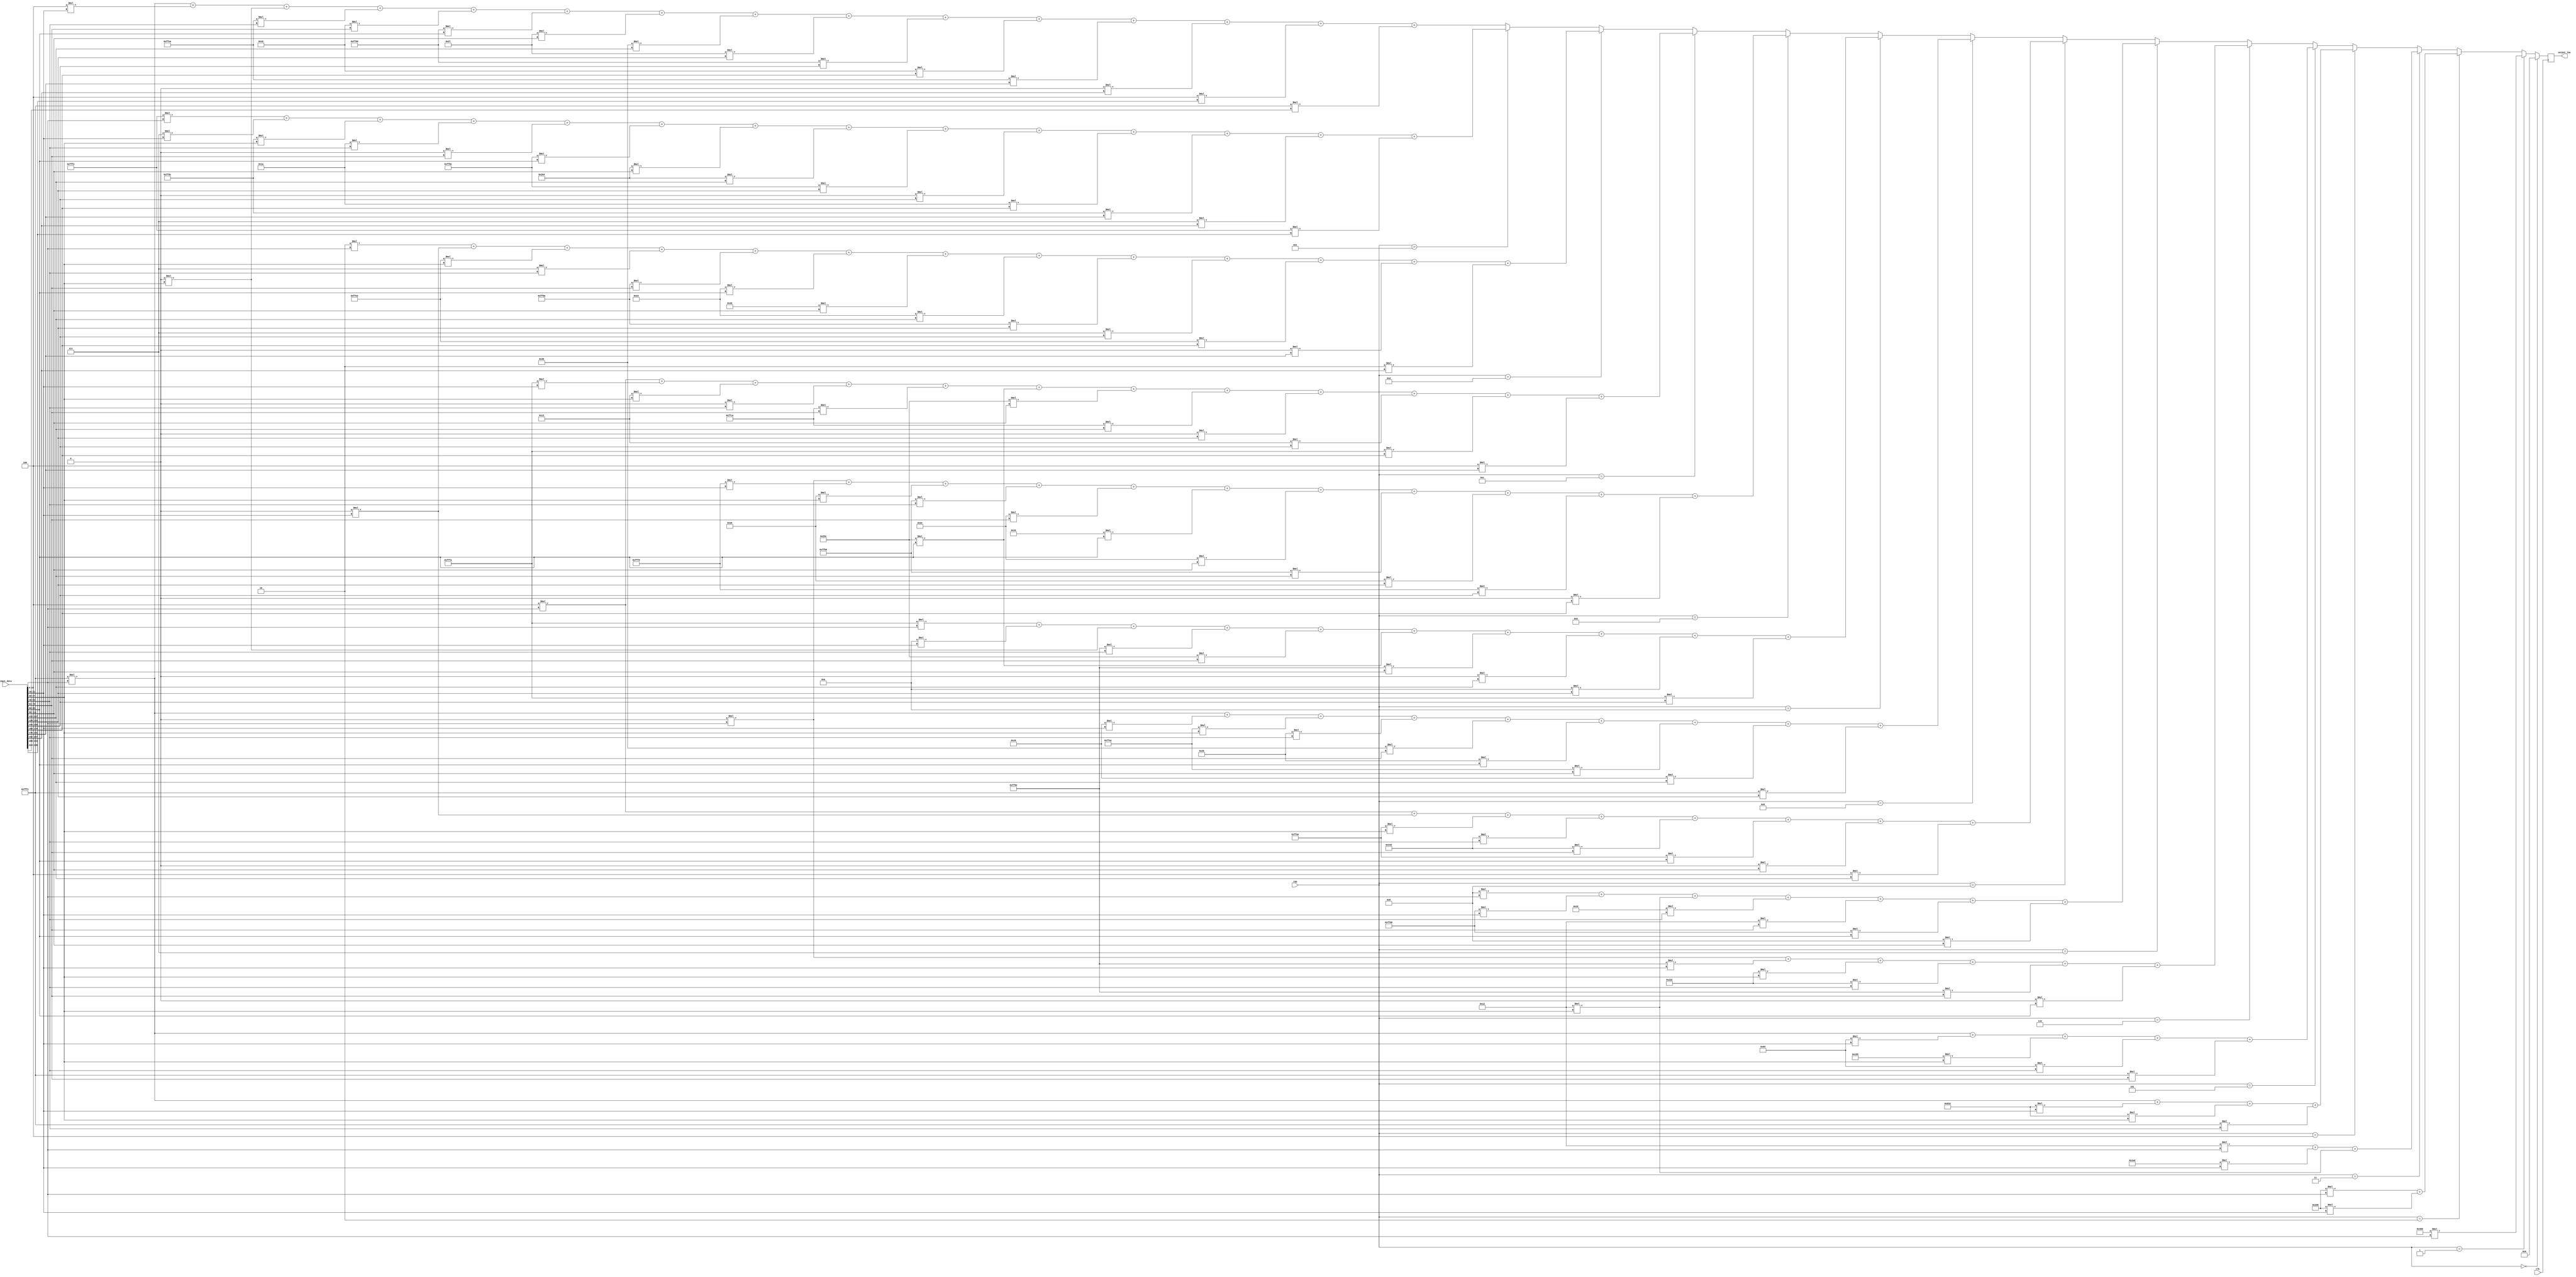
module lowpass(
	input wire clk,
	input wire [3:0] tap,
	input wire [239:0] input_data,
	output wire [15:0] output_low
);

	// input - koefisien 16 bit 6 bit MSB decimal, 10 bit LSB fraction
	// input - koefisien dalam two's complement

	reg [15:0] output_register;	
	
	// 1 tap
	parameter [15:0] tap1buff1 = 16'h0400;
	
	// 2 tap
	parameter [15:0] tap2buff1 = 16'h0200;
	parameter [15:0] tap2buff2 = 16'h0200;
	
	// 3 tap
	parameter [15:0] tap3buff1 = 16'h0012;
	parameter [15:0] tap3buff2 = 16'h01ed;
	parameter [15:0] tap3buff3 = 16'h0012;
	
	// 4 tap
	parameter [15:0] tap4buff1 = 16'hfffc;
	parameter [15:0] tap4buff2 = 16'h081b;
	parameter [15:0] tap4buff3 = 16'h081b;
	parameter [15:0] tap4buff4 = 16'hfffc;
	
	// 5 tap
	parameter [15:0] tap5buff1 = 16'hfffc;
	parameter [15:0] tap5buff2 = 16'h0069;
	parameter [15:0] tap5buff3 = 16'h0155;
	parameter [15:0] tap5buff4 = 16'h0069;
	parameter [15:0] tap5buff5 = 16'hfffc;
	
	// 6 tap
	parameter [15:0] tap6buff1 = 16'h0000;
	parameter [15:0] tap6buff2 = 16'hff9e;
	parameter [15:0] tap6buff3 = 16'h0232;
	parameter [15:0] tap6buff4 = 16'h0232;
	parameter [15:0] tap6buff5 = 16'hff9e;
	parameter [15:0] tap6buff6 = 16'h0000;
	
	// 7 tap
	parameter [15:0] tap7buff1 = 16'h0008;
	parameter [15:0] tap7buff2 = 16'hffd0;
	parameter [15:0] tap7buff3 = 16'h0012;
	parameter [15:0] tap7buff4 = 16'h0032;
	parameter [15:0] tap7buff5 = 16'h0012;
	parameter [15:0] tap7buff6 = 16'hffd0;
	parameter [15:0] tap7buff7 = 16'h0008;
	
	// 8 tap
	parameter [15:0] tap8buff1 = 16'h0004;
	parameter [15:0] tap8buff2 = 16'h0000;
	parameter [15:0] tap8buff3 = 16'hffae;
	parameter [15:0] tap8buff4 = 16'h024d;
	parameter [15:0] tap8buff5 = 16'h024d;
	parameter [15:0] tap8buff6 = 16'hffae;
	parameter [15:0] tap8buff7 = 16'h0000;
	parameter [15:0] tap8buff8 = 16'h0004;
	
	// 9 tap
	parameter [15:0] tap9buff1 = 16'hfffc;
	parameter [15:0] tap9buff2 = 16'h0016;
	parameter [15:0] tap9buff3 = 16'hffac;
	parameter [15:0] tap9buff4 = 16'h0026;
	parameter [15:0] tap9buff5 = 16'h0036;
	parameter [15:0] tap9buff6 = 16'h0026;
	parameter [15:0] tap9buff7 = 16'hffac;
	parameter [15:0] tap9buff8 = 16'h0016;
	parameter [15:0] tap9buff9 = 16'hfffc;
	
	// 10 tap
	parameter [15:0] tap10buff1 = 16'hfffa;
	parameter [15:0] tap10buff2 = 16'h000a;
	parameter [15:0] tap10buff3 = 16'h0000;
	parameter [15:0] tap10buff4 = 16'hff9e;
	parameter [15:0] tap10buff5 = 16'h025e;
	parameter [15:0] tap10buff6 = 16'h025e;
	parameter [15:0] tap10buff7 = 16'hff9e;
	parameter [15:0] tap10buff8 = 16'h0000;
	parameter [15:0] tap10buff9 = 16'h000a;
	parameter [15:0] tap10buff10 = 16'hfffa;
	
	// 11 tap
	parameter [15:0] tap11buff1 = 16'h0000;
	parameter [15:0] tap11buff2 = 16'hfff8;
	parameter [15:0] tap11buff3 = 16'h0029;
	parameter [15:0] tap11buff4 = 16'hffb6;
	parameter [15:0] tap11buff5 = 16'h002e;
	parameter [15:0] tap11buff6 = 16'h0033;
	parameter [15:0] tap11buff7 = 16'h002e;
	parameter [15:0] tap11buff8 = 16'hffb6;
	parameter [15:0] tap11buff9 = 16'h0029;
	parameter [15:0] tap11buff10 = 16'hfff8;
	parameter [15:0] tap11buff11 = 16'h0000;
	
	// 12 tap
	parameter [15:0] tap12buff1 = 16'h0004;
	parameter [15:0] tap12buff2 = 16'hfffa;
	parameter [15:0] tap12buff3 = 16'h0013;
	parameter [15:0] tap12buff4 = 16'h0000;
	parameter [15:0] tap12buff5 = 16'hffca;
	parameter [15:0] tap12buff6 = 16'h025e;
	parameter [15:0] tap12buff7 = 16'h025e;
	parameter [15:0] tap12buff8 = 16'hffca;
	parameter [15:0] tap12buff9 = 16'h0000;
	parameter [15:0] tap12buff10 = 16'h0013;
	parameter [15:0] tap12buff11 = 16'hfffa;
	parameter [15:0] tap12buff12 = 16'h0004;

	// 13 tap
	parameter [15:0] tap13buff1 = 16'h0002;
	parameter [15:0] tap13buff2 = 16'h0000;
	parameter [15:0] tap13buff3 = 16'hffe2;
	parameter [15:0] tap13buff4 = 16'h0007;
	parameter [15:0] tap13buff5 = 16'hff8a;
	parameter [15:0] tap13buff6 = 16'h0023;
	parameter [15:0] tap13buff7 = 16'h0030;
	parameter [15:0] tap13buff8 = 16'h0023;
	parameter [15:0] tap13buff9 = 16'hff8a;
	parameter [15:0] tap13buff10 = 16'h0007;
	parameter [15:0] tap13buff11 = 16'hffe2;
	parameter [15:0] tap13buff12 = 16'h0000;
	parameter [15:0] tap13buff13 = 16'h0002;
	
	// 14 tap
	parameter [15:0] tap14buff1 = 16'hfffe;
	parameter [15:0] tap14buff2 = 16'h0007;
	parameter [15:0] tap14buff3 = 16'hffdc;
	parameter [15:0] tap14buff4 = 16'h001a;
	parameter [15:0] tap14buff5 = 16'h0000;
	parameter [15:0] tap14buff6 = 16'hff8e;
	parameter [15:0] tap14buff7 = 16'h0264;
	parameter [15:0] tap14buff8 = 16'h0264;
	parameter [15:0] tap14buff9 = 16'hff8e;
	parameter [15:0] tap14buff10 = 16'h0000;
	parameter [15:0] tap14buff11 = 16'h001a;
	parameter [15:0] tap14buff12 = 16'hffdc;
	parameter [15:0] tap14buff13 = 16'h0007;
	parameter [15:0] tap14buff14 = 16'hfffe;
	
	// 15 tap
	parameter [15:0] tap15buff1 = 16'hfffc;
	parameter [15:0] tap15buff2 = 16'h0004;
	parameter [15:0] tap15buff3 = 16'h0000;
	parameter [15:0] tap15buff4 = 16'hffea;
	parameter [15:0] tap15buff5 = 16'h0042;
	parameter [15:0] tap15buff6 = 16'hff00;
	parameter [15:0] tap15buff7 = 16'h0027;
	parameter [15:0] tap15buff8 = 16'h0036;
	parameter [15:0] tap15buff9 = 16'h0027;
	parameter [15:0] tap15buff10 = 16'hff00;
	parameter [15:0] tap15buff11 = 16'h0042;
	parameter [15:0] tap15buff12 = 16'hffea;
	parameter [15:0] tap15buff13 = 16'h0000;
	parameter [15:0] tap15buff14 = 16'h0004;
	parameter [15:0] tap15buff15 = 16'hfffc;
	
	always @(posedge clk) begin
		if (tap == 4'b0000) begin
			output_register <= 16'h0000;
		end else if (tap == 4'b0001) begin
			output_register <= tap1buff1*input_data[15:0];
		end else if (tap == 4'b0010) begin
			output_register <= tap2buff1*input_data[15:0]+tap2buff2*input_data[31:16];
		end else if (tap == 4'b0011) begin
			output_register <= tap3buff1*input_data[15:0]+tap3buff2*input_data[31:16]+tap3buff3*input_data[47:32];
		end else if (tap == 4'b0100) begin
			output_register <= tap4buff1*input_data[15:0]+tap4buff2*input_data[31:16]+tap4buff3*input_data[47:32]+tap4buff4*input_data[63:48];
		end else if (tap == 4'b0101) begin
			output_register <= tap5buff1*input_data[15:0]+tap5buff2*input_data[31:16]+tap5buff3*input_data[47:32]+tap5buff4*input_data[63:48]+tap5buff5*input_data[79:64];
		end else if (tap == 4'b0110) begin
			output_register <= tap6buff1*input_data[15:0]+tap6buff2*input_data[31:16]+tap6buff3*input_data[47:32]+tap6buff4*input_data[63:48]+tap6buff5*input_data[79:64]+tap6buff6*input_data[95:80];
		end else if (tap == 4'b0111) begin
			output_register <= tap7buff1*input_data[15:0]+tap7buff2*input_data[31:16]+tap7buff3*input_data[47:32]+tap7buff4*input_data[63:48]+tap7buff5*input_data[79:64]+tap7buff6*input_data[95:80]+tap7buff7*input_data[111:96];
		end else if (tap == 4'b1000) begin
			output_register <= tap8buff1*input_data[15:0]+tap8buff2*input_data[31:16]+tap8buff3*input_data[47:32]+tap8buff4*input_data[63:48]+tap8buff5*input_data[79:64]+tap8buff6*input_data[95:80]+tap8buff7*input_data[111:96]+tap8buff8*input_data[127:112];
		end else if (tap == 4'b1001) begin
			output_register <= tap9buff1*input_data[15:0]+tap9buff2*input_data[31:16]+tap9buff3*input_data[47:32]+tap9buff4*input_data[63:48]+tap9buff5*input_data[79:64]+tap9buff6*input_data[95:80]+tap9buff7*input_data[111:96]+tap9buff8*input_data[127:112]+tap9buff9*input_data[143:128];
		end else if (tap == 4'b1010) begin
			output_register <= tap10buff1*input_data[15:0]+tap10buff2*input_data[31:16]+tap10buff3*input_data[47:32]+tap10buff4*input_data[63:48]+tap10buff5*input_data[79:64]+tap10buff6*input_data[95:80]+tap10buff7*input_data[111:96]+tap10buff8*input_data[127:112]+tap10buff9*input_data[143:128]+tap10buff10*input_data[159:144];
		end else if (tap == 4'b1011) begin
			output_register <= tap11buff1*input_data[15:0]+tap11buff2*input_data[31:16]+tap11buff3*input_data[47:32]+tap11buff4*input_data[63:48]+tap11buff5*input_data[79:64]+tap11buff6*input_data[95:80]+tap11buff7*input_data[111:96]+tap11buff8*input_data[127:112]+tap11buff9*input_data[143:128]+tap11buff10*input_data[159:144]+tap11buff11*input_data[175:160];
		end else if (tap == 4'b1100) begin
			output_register <= tap12buff1*input_data[15:0]+tap12buff2*input_data[31:16]+tap12buff3*input_data[47:32]+tap12buff4*input_data[63:48]+tap12buff5*input_data[79:64]+tap12buff6*input_data[95:80]+tap12buff7*input_data[111:96]+tap12buff8*input_data[127:112]+tap12buff9*input_data[143:128]+tap12buff10*input_data[159:144]+tap12buff11*input_data[175:160]+tap12buff12*input_data[191:176];
		end else if (tap == 4'b1101) begin
			output_register <= tap13buff1*input_data[15:0]+tap13buff2*input_data[31:16]+tap13buff3*input_data[47:32]+tap13buff4*input_data[63:48]+tap13buff5*input_data[79:64]+tap13buff6*input_data[95:80]+tap13buff7*input_data[111:96]+tap13buff8*input_data[127:112]+tap13buff9*input_data[143:128]+tap13buff10*input_data[159:144]+tap13buff11*input_data[175:160]+tap13buff12*input_data[191:176]+tap13buff13*input_data[207:192];
		end else if (tap == 4'b1110) begin
			output_register <= tap14buff1*input_data[15:0]+tap14buff2*input_data[31:16]+tap14buff3*input_data[47:32]+tap14buff4*input_data[63:48]+tap14buff5*input_data[79:64]+tap14buff6*input_data[95:80]+tap14buff7*input_data[111:96]+tap14buff8*input_data[127:112]+tap14buff9*input_data[143:128]+tap14buff10*input_data[159:144]+tap14buff11*input_data[175:160]+tap14buff12*input_data[191:176]+tap14buff13*input_data[207:192]+tap14buff14*input_data[223:208];
		end else begin
			output_register <= tap15buff1*input_data[15:0]+tap15buff2*input_data[31:16]+tap15buff3*input_data[47:32]+tap15buff4*input_data[63:48]+tap15buff5*input_data[79:64]+tap15buff6*input_data[95:80]+tap15buff7*input_data[111:96]+tap15buff8*input_data[127:112]+tap15buff9*input_data[143:128]+tap15buff10*input_data[159:144]+tap15buff11*input_data[175:160]+tap15buff12*input_data[191:176]+tap15buff13*input_data[207:192]+tap15buff14*input_data[223:208]+tap15buff15*input_data[239:224];
		end 
	end
	
	assign output_low = output_register;
	
endmodule